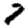
Digit: 7